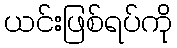
ယင်းဖြစ်ရပ်ကို